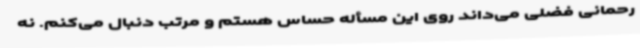
رحمانی فضلی می‌داند روی این مسأله حساس هستم و مرتب دنبال می‌کنم. نه